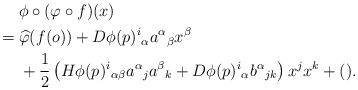
LaTeX: \begin{align*}&\hphantom{{}={}}\phi\circ(\varphi\circ f)(x)\\*&=\widehat{\varphi}(f(o))+D\phi(p)^i{}_\alpha a^\alpha{}_\beta x^\beta\\*&\hphantom{{}={}}+\frac12\left(H\phi(p)^i{}_{\alpha\beta}a^\alpha{}_ja^\beta{}_k+D\phi(p)^i{}_\alpha b^\alpha{}_{jk}\right)x^jx^k+().\end{align*}